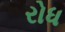
રોધ